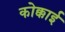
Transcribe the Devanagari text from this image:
कोक्काई